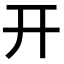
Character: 开